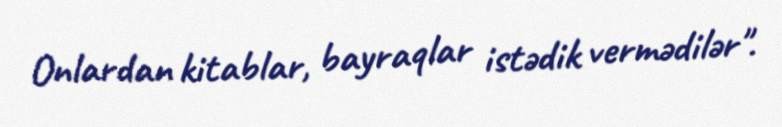
Onlardan kitablar, bayraqlar istədik vermədilər".